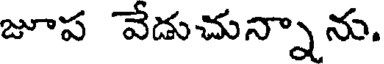
జూప వేడుచున్నాను.